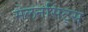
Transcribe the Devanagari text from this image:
मेलनसिट्स